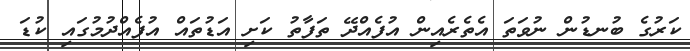
ކަރުގެ ބުނޑުން ނުވަތަ އެތެރެއިން އުފެއްދޭ ތަފާތު ކަށި އަޑުތައް އުފެއްދުމުގައި ކުޑަ